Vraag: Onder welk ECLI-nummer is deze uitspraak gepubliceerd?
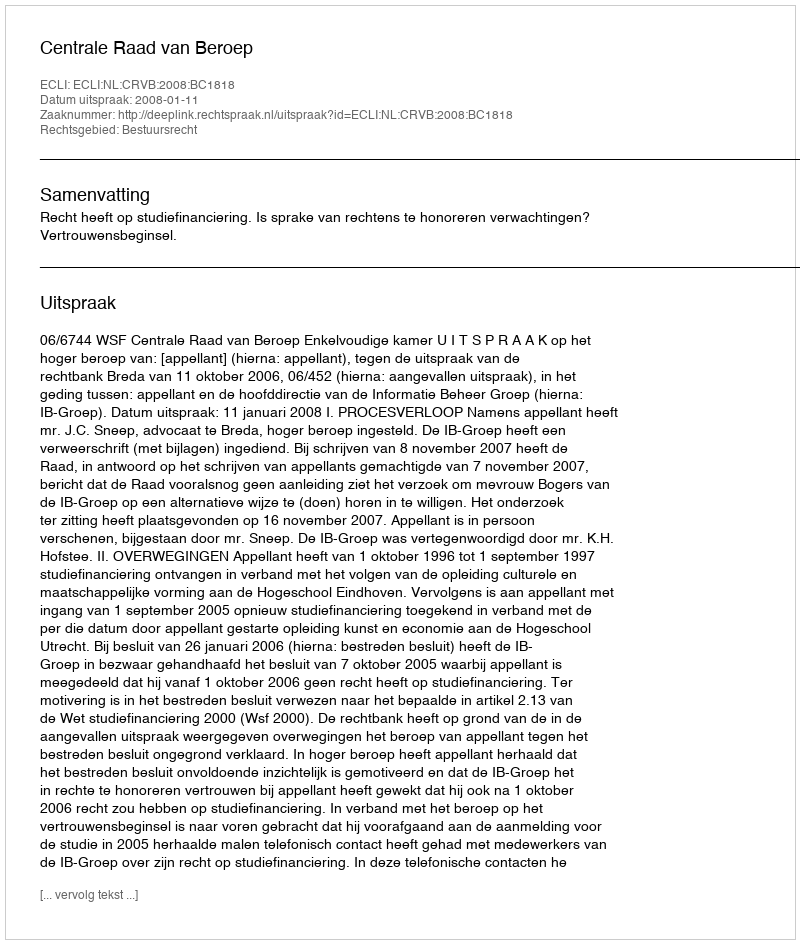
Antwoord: ECLI:NL:CRVB:2008:BC1818